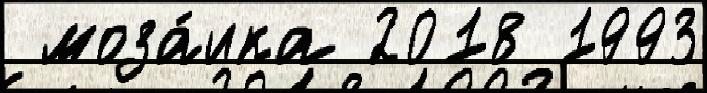
 моза́ика 2018 1993